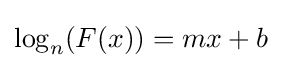
\log _{n}(F(x))=mx+b